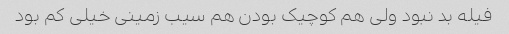
فیله بد نبود ولی هم کوچیک بودن هم سیب زمینی خیلی کم بود